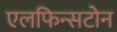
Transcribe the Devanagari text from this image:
एलफिन्सटोन